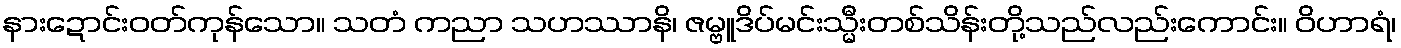
နားဍောင်းဝတ်ကုန်သော။ သတံ ကညာ သဟဿာနိ၊ ဇမ္ဗူဒိပ်မင်းသ္မီးတစ်သိန်းတို့သည်လည်းကောင်း။ ဝိဟာရံ၊